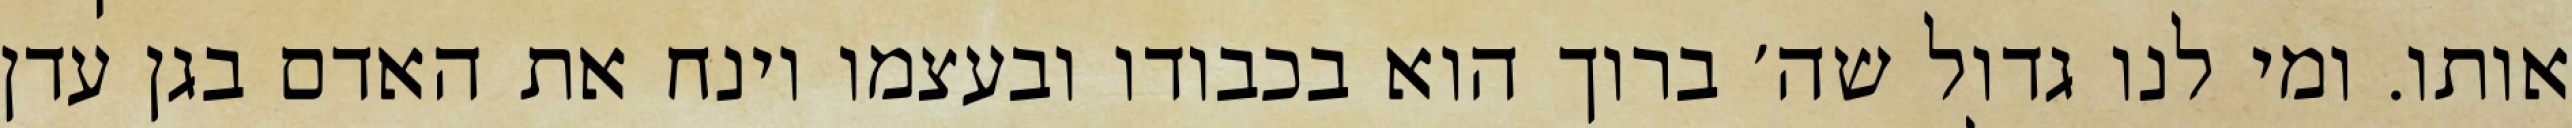
אותו. ומי לנו גדול שה׳ ברוך הוא בכבודו ובעצמו וינח את האדם בגן עדן